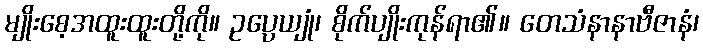
မျိုးစေ့အထူးထူးတို့ကို။ ဥပ္ပေယျုံ၊ စိုက်ပျိုးကုန်ရာ၏။ တေသံနာနာဗီဇာနံ၊